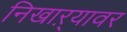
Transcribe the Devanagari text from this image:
निखाऱ्यावर